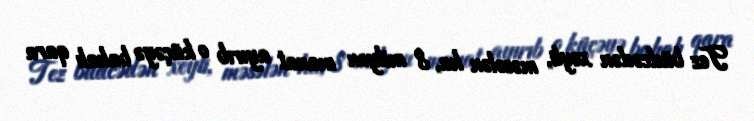
Tez büdcədən xeyli, məsələn ha, 8 milyon manat ayırıb o küçəyə bahalı qara